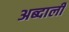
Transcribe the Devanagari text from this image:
अब्‍दाली